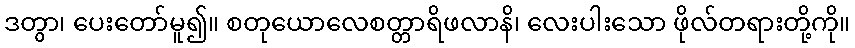
ဒတွာ၊ ပေးတော်မူ၍။ စတုယောလေစတ္တာရိဖလာနိ၊ လေးပါးသော ဖိုလ်တရားတို့ကို။